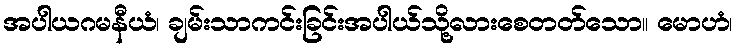
အပါယဂမနီယံ၊ ချမ်းသာကင်းခြင်းအပါယ်သို့လားစေတတ်သော။ မောဟံ၊